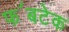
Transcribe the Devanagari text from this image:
फ॔बटेक